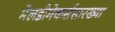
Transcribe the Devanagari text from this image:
मेलडीमेकर्ससारख्या